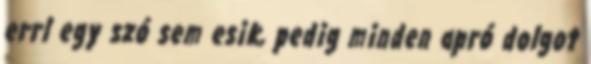
errl egy szó sem esik, pedig minden apró dolgot